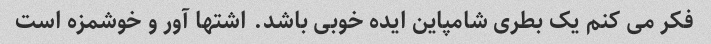
فکر می کنم یک بطری شامپاین ایده خوبی باشد. اشتها آور و خوشمزه است